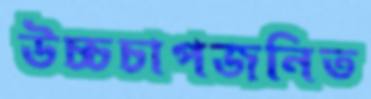
উচ্চচাপজনিত